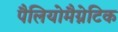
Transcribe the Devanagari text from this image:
पैलियोमैग्नेटिक